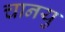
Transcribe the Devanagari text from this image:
चानयु